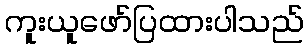
ကူးယူဖော်ပြထားပါသည်